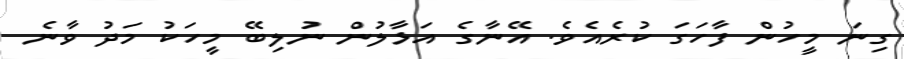
ގިނަ މީހުން ފާހަގަ ކުރެއެވެ. އޭނާގެ އަޅާލުން ނުލިބޭ މީހަކު މަދު ވާނެ